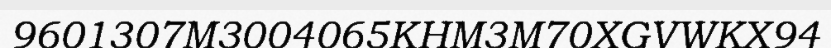
9601307M3004065KHM3M70XGVWKX94